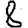
Digit: 8